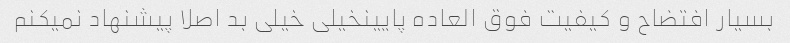
بسیار افتضاح و کیفیت فوق العاده پایینخیلی خیلی بد اصلا پیشنهاد نمیکنم